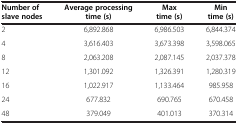
| Number of slave nodes | Average processing time (s) | Max time (s) | Min time (s) |
 | --- | --- | --- | --- |
 | 2 | 6,892.868 | 6,986.503 | 6,844.374 |
 | 4 | 3,616.403 | 3,673.398 | 3,598.065 |
 | 8 | 2,063.208 | 2,087.145 | 2,037.378 |
 | 12 | 1,301.092 | 1,326.391 | 1,280.319 |
 | 16 | 1,022.917 | 1,133.464 | 985.958 |
 | 24 | 677.832 | 690.765 | 670.458 |
 | 48 | 379.049 | 401.013 | 370.314 |